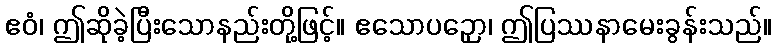
ဧဝံ၊ ဤဆိုခဲ့ပြီးသောနည်းတို့ဖြင့်။ ဧသောပဉှော၊ ဤပြဿနာမေးခွန်းသည်။